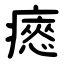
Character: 瘱